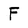
Character: F